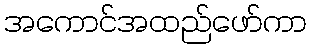
အကောင်အထည်ဖော်ကာ